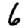
Digit: 6